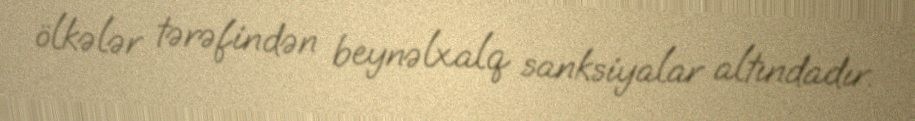
ölkələr tərəfindən beynəlxalq sanksiyalar altındadır.